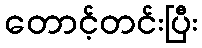
တောင့်တင်းပြီး